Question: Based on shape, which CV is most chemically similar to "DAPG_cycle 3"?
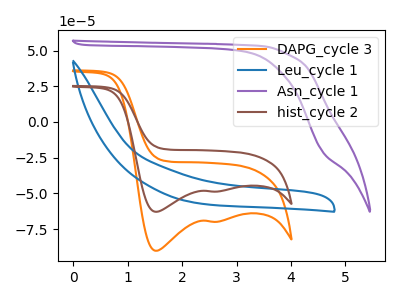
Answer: <think>The orange curve "DAPG_cycle 3" has cathodic peaks at (1.50V, -90.15uA) (2.65V, -69.85uA). The blue curve "Leu_cycle 1" has no peaks. The purple curve "Asn_cycle 1" has no peaks. The brown curve "hist_cycle 2" has cathodic peaks at (1.50V, -62.90uA) (2.65V, -48.75uA).
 "DAPG_cycle 3" and "Leu_cycle 1" have a different number of peaks. "DAPG_cycle 3" and "Asn_cycle 1" have a different number of peaks. All the peaks in "DAPG_cycle 3" have a peak in "hist_cycle 2" at the same potential. Every peak in "DAPG_cycle 3" is higher than every peak in "hist_cycle 2". Neither "Leu_cycle 1" or "Asn_cycle 1" have any peaks. "Leu_cycle 1" and "hist_cycle 2" have a different number of peaks. "Asn_cycle 1" and "hist_cycle 2" have a different number of peaks.</think>
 <answer>The CV with the most similar shape to "hist_cycle 2" is "DAPG_cycle 3".</answer>
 <eval>"DAPG_cycle 3"</eval>